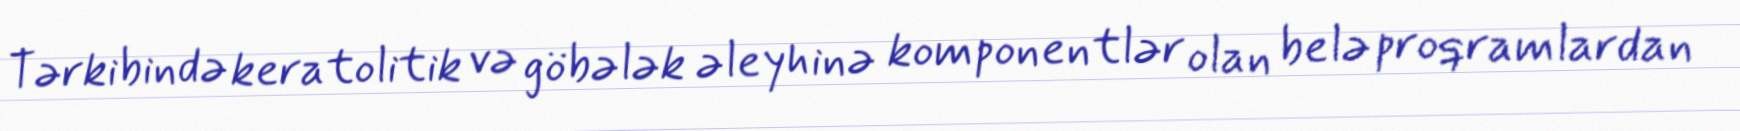
Tərkibində keratolitik və göbələk əleyhinə komponentlər olan belə proqramlardan